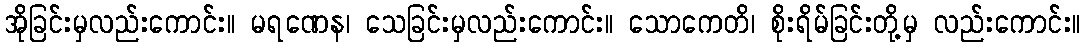
အိုခြင်းမှလည်းကောင်း။ မရဏေန၊ သေခြင်းမှလည်းကောင်း။ သောကေတိ၊ စိုးရိမ်ခြင်းတို့မှ လည်းကောင်း။